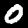
Digit: 0